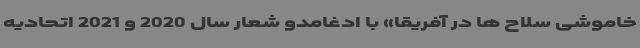
خاموشی سلاح ها در آفریقا» با ادغامدو شعار سال 2020 و 2021 اتحادیه